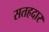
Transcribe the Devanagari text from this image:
सतहदार